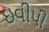
ઇવીપી